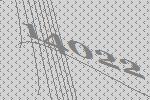
14022